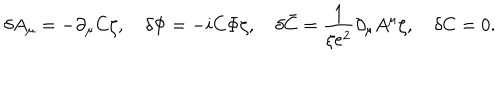
LaTeX: \delta A _ { \mu } = - \partial _ { \mu } C \zeta , \quad \delta \Phi = - i C \Phi \zeta , \quad \delta \bar { C } = \frac { 1 } { \xi e ^ { 2 } } \partial _ { \mu } A ^ { \mu } \zeta , \quad \delta C = 0 .